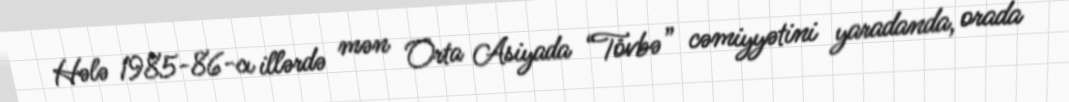
Hələ 1985-86-cı illərdə mən Orta Asiyada “Tövbə” cəmiyyətini yaradanda, orada